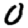
Digit: 0